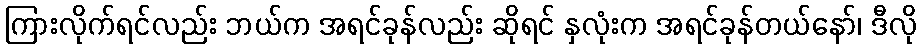
ကြားလိုက်ရင်လည်း ဘယ်က အရင်ခုန်လည်း ဆိုရင် နှလုံးက အရင်ခုန်တယ်နော်၊ ဒီလို